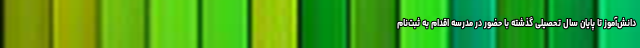
دانش‌آموز تا پایان سال تحصیلی گذشته با حضور در مدرسه اقدام به ثبت‌نام